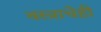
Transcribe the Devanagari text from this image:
वस्त्राचेही